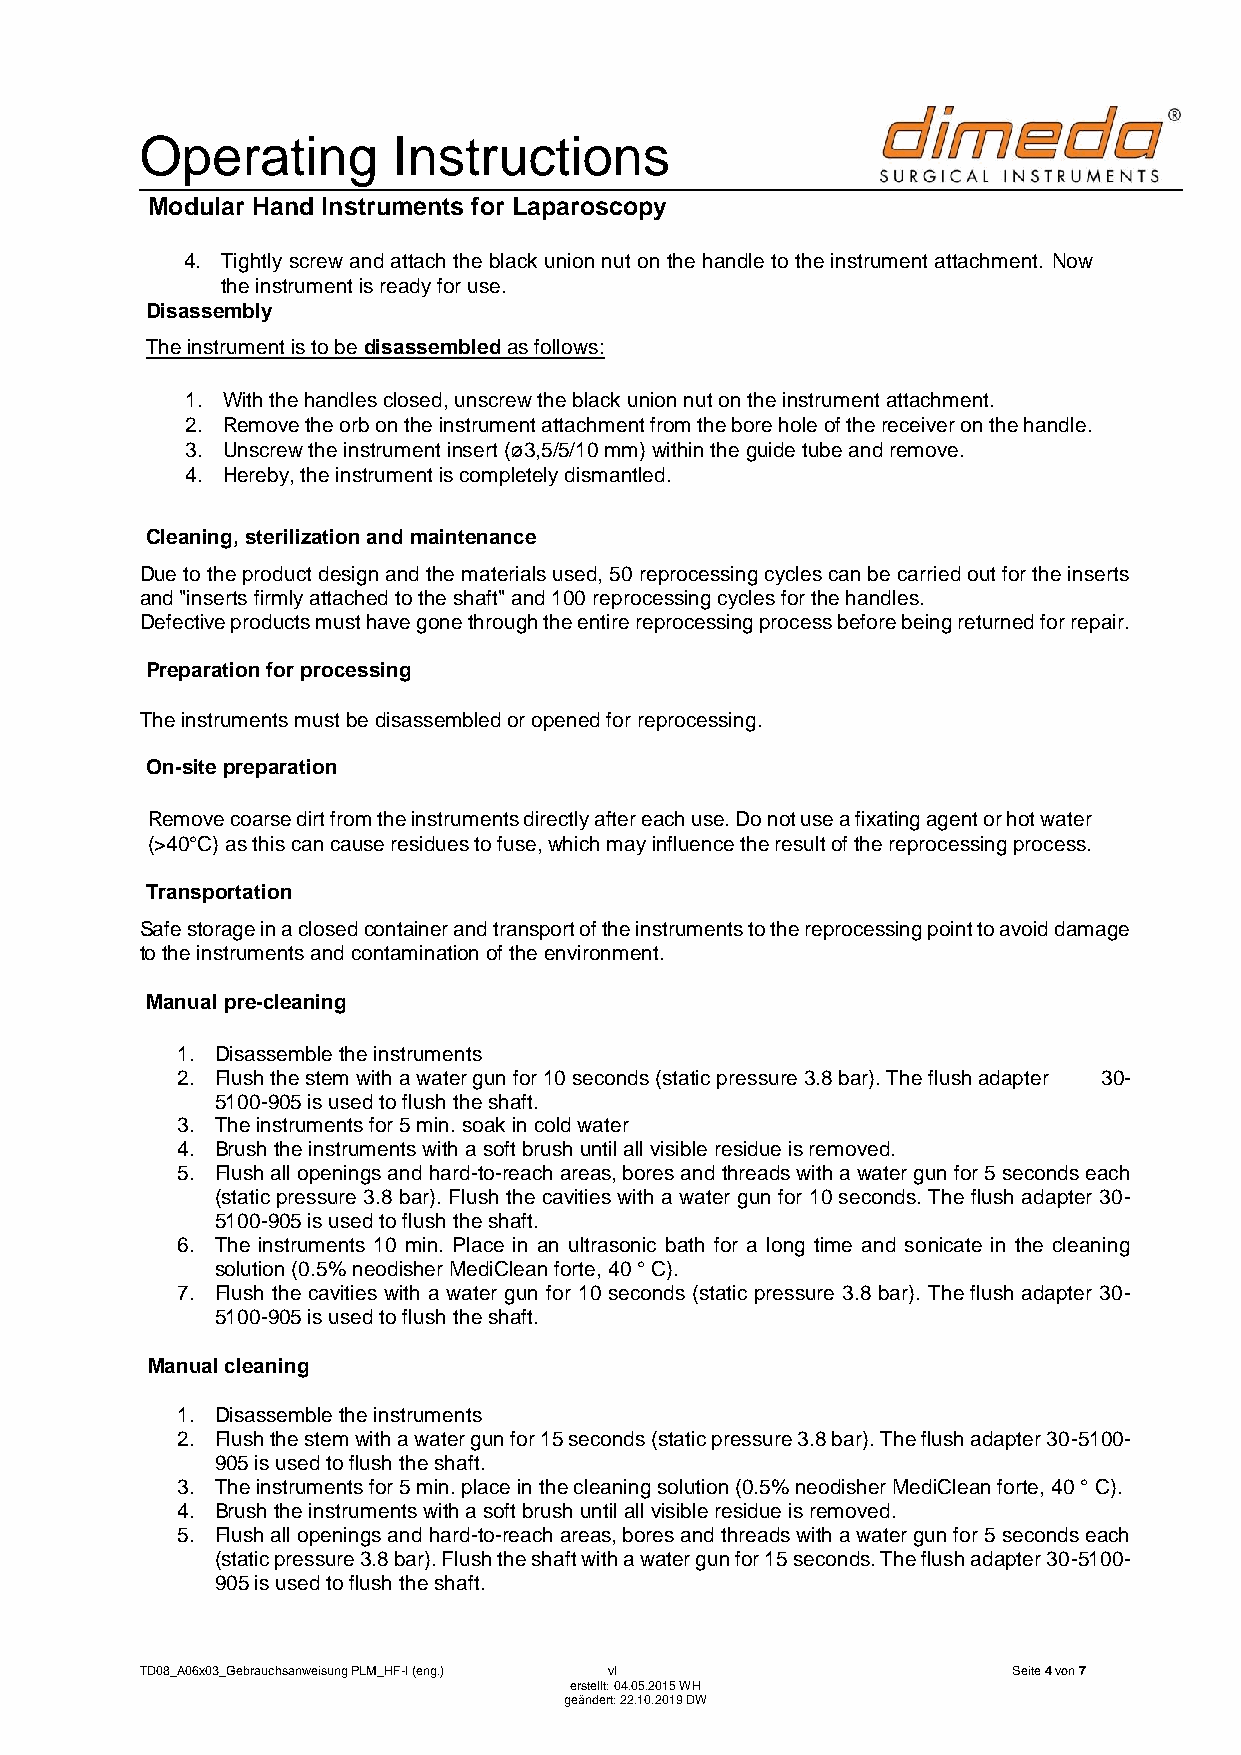
Operating        Instructions
 Modular Hand Instruments for Laparoscopy
 4. Tightly screw and attach the black union nut on the handle to the instrument attachment. Now
 the instrument is ready for use.
 Disassembly
 The instrument is to be disassembled as follows:
 1. With the handles closed, unscrew the black union nut on the instrument attachment.
 2. Remove the orb on the instrument attachment from the bore hole of the receiver on the handle.
 3. Unscrew the instrument insert (ø3,5/5/10 mm) within the guide tube and remove.
 4. Hereby, the instrument is completely dismantled.
 Cleaning, sterilization and maintenance
 Due to the product design and the materials used, 50 reprocessing cycles can be carried out for the inserts
 and "inserts firmly attached to the shaft" and 100 reprocessing cycles for the handles.
 Defective products must have gone through the entire reprocessing process before being returned for repair.
 Preparation for processing
 The instruments must be disassembled or opened for reprocessing.
 On-site preparation
 Remove coarse dirt from the instruments directly after each use. Do not use a fixating agent or hot water
 (>40°C) as this can cause residues to fuse, which may influence the result of the reprocessing process.
 Transportation
 Safe storage in a closed container and transport of the instruments to the reprocessing point to avoid damage
 to the instruments and contamination of the environment.
 Manual pre-cleaning
 1. Disassemble the instruments
 2. Flush the stem with a water gun for 10 seconds (static pressure 3.8 bar). The flush adapter 30-
 5100-905 is used to flush the shaft.
 3. The instruments for 5 min. soak in cold water
 4. Brush the instruments with a soft brush until all visible residue is removed.
 5. Flush all openings and hard-to-reach areas, bores and threads with a water gun for 5 seconds each
 (static pressure 3.8 bar). Flush the cavities with a water gun for 10 seconds. The flush adapter 30-
 5100-905 is used to flush the shaft.
 6. The instruments 10 min. Place in an ultrasonic bath for a long time and sonicate in the cleaning
 solution (0.5% neodisher MediClean forte, 40 ° C).
 7. Flush the cavities with a water gun for 10 seconds (static pressure 3.8 bar). The flush adapter 30-
 5100-905 is used to flush the shaft.
 Manual cleaning
 1. Disassemble the instruments
 2. Flush the stem with a water gun for 15 seconds (static pressure 3.8 bar). The flush adapter 30-5100-
 905 is used to flush the shaft.
 3. The instruments for 5 min. place in the cleaning solution (0.5% neodisher MediClean forte, 40 ° C).
 4. Brush the instruments with a soft brush until all visible residue is removed.
 5. Flush all openings and hard-to-reach areas, bores and threads with a water gun for 5 seconds each
 (static pressure 3.8 bar). Flush the shaft with a water gun for 15 seconds. The flush adapter 30-5100-
 905 is used to flush the shaft.
 TD08_A06x03_Gebrauchsanweisung PLM_HF-I (eng.) vI         Seite 4 von 7
 erstellt: 04.05.2015 WH
 geändert: 22.10.2019 DW